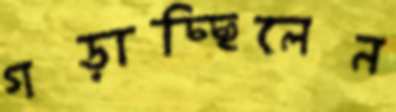
গড়াচ্ছিলেন